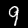
Digit: 9